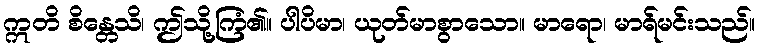
ဣတိ စိန္တေသိ၊ ဤသို့ကြံ၏။ ပါပိမာ၊ ယုတ်မာစွာသော။ မာရော၊ မာရ်မင်းသည်။